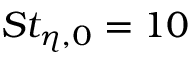
S t _ { \eta , 0 } = 1 0